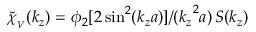
\mathinner { \tilde { \chi } _ { _ V } \mathopen { \left( k _ { z } \right) } } = \phi _ { 2 } [ 2 \sin ^ { 2 } ( k _ { z } a ) ] / ( { k _ { z } } ^ { 2 } a ) \mathinner { S \mathopen { \left( k _ { z } \right) } }